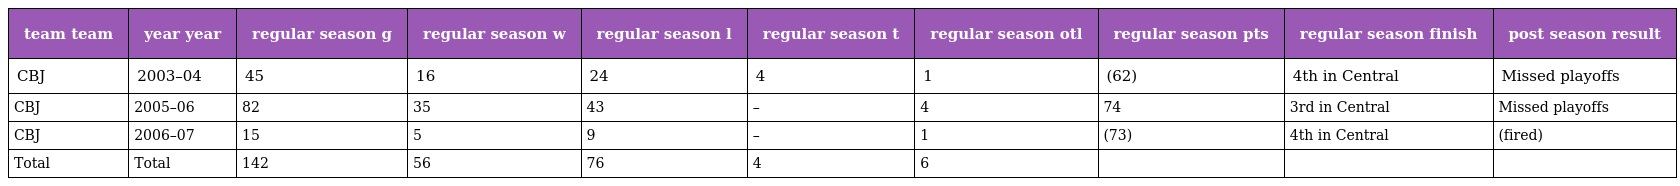
| team team | year year | regular season g | regular season w | regular season l | regular season t | regular season otl | regular season pts | regular season finish | post season result |
 | --- | --- | --- | --- | --- | --- | --- | --- | --- | --- |
 | CBJ | 2003–04 | 45 | 16 | 24 | 4 | 1 | (62) | 4th in Central | Missed playoffs |
 | CBJ | 2005–06 | 82 | 35 | 43 | – | 4 | 74 | 3rd in Central | Missed playoffs |
 | CBJ | 2006–07 | 15 | 5 | 9 | – | 1 | (73) | 4th in Central | (fired) |
 | Total | Total | 142 | 56 | 76 | 4 | 6 |  |  |  |